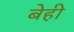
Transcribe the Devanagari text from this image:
बेही